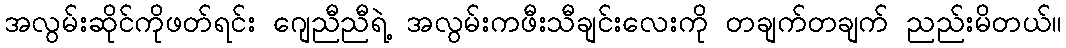
အလွမ်းဆိုင်ကိုဖတ်ရင်း ဂျေညီညီရဲ့ အလွမ်းကဖီးသီချင်းလေးကို တချက်တချက် ညည်းမိတယ်။